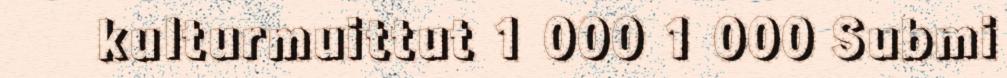
kulturmuittut 1 000 1 000 Submi